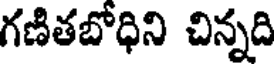
గణితబోధిని చిన్నది